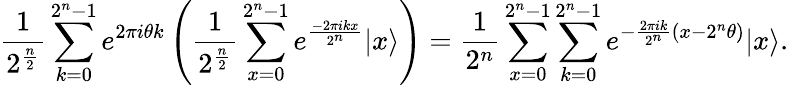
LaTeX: {\frac{1}{2^{\frac{n}{2}}}}\sum_{k=0}^{2^{n}-1}e^{2\pi i\theta k}\left({\frac{1}{2^{\frac{n}{2}}}}\sum_{x=0}^{2^{n}-1}e^{\frac{-2\pi ikx}{2^{n}}}|x\rangle\right)={\frac{1}{2^{n}}}\sum_{x=0}^{2^{n}-1}\sum_{k=0}^{2^{n}-1}e^{-{\frac{2\pi ik}{2^{n}}}\left(x-2^{n}\theta\right)}|x\rangle.